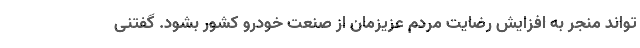
تواند منجر به افزایش رضایت مردم عزیزمان از صنعت خودرو کشور بشود. گفتنی